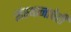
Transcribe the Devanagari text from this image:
संस्थानाचेही